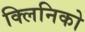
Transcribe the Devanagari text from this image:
क्लिनिको